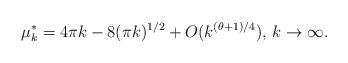
LaTeX: \begin{align*}\mu_k^*=4\pi k-8(\pi k)^{1/2}+O(k^{(\theta +1)/4}),\, k\rightarrow \infty.\end{align*}